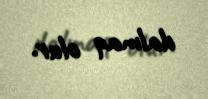
dalmaq olur.